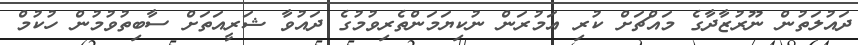
ދައުލަތުން ނޫރުޒާދާގެ މައްޗަށް ކުރި އަމުރަން ނުކިޔަމަންތެރިވުމުގެ ދައުވާ ޝަރީއަތަށް ސާބިތުވުމުން ހުކުމް